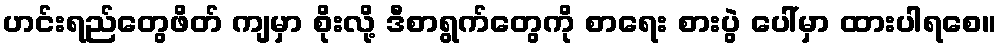
ဟင်းရည်တွေဖိတ် ကျမှာ စိုးလို့ ဒီစာရွက်တွေကို စာရေး စားပွဲ ပေါ်မှာ ထားပါရစေ။